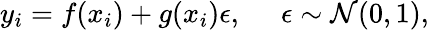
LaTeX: \begin{array}{r}{y_{i}=f(x_{i})+g(x_{i})\epsilon,\: \: \: \: \: \: \epsilon\sim\mathcal{N}(0,1),}\end{array}